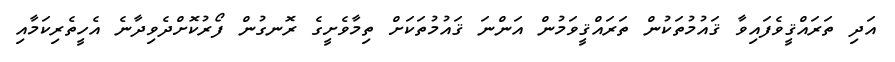
އަދި ތަރައްޤީވެފައިވާ ޤައުމުތަކުން ތަރައްޤީވަމުން އަންނަ ޤައުމުތަކަށް ތިމާވެށީގެ ރޮނގުން ފޯރުކޮށްދެވިދާނެ އެހީތެރިކަމާއި